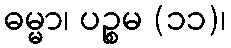
ဓမ္မာ၊ ပဉ္စမ (၁၁)၊